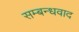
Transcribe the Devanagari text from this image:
सम्बन्धवाद